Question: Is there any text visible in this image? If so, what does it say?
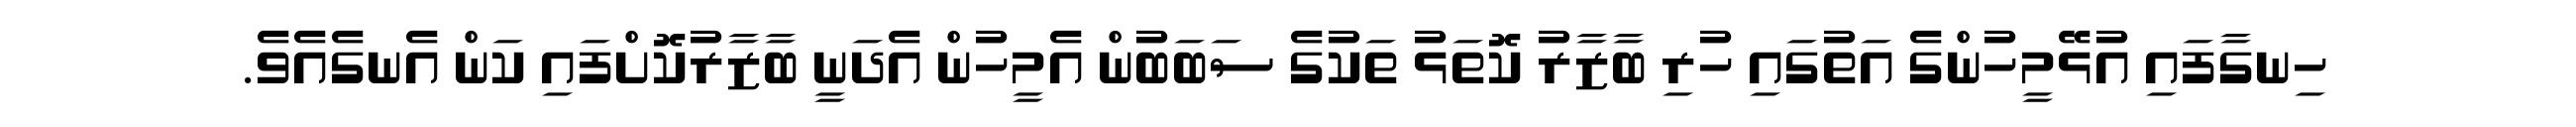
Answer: ހިނގާފައި އުޅޭމީހުންގެ އަތުގައި ހުރި ބާޒާރު ކޮތަޅު ތަކުގެ ސަބަބުން އެމީހުން އެދަނީ ބާޒާރުކޮށްފައި ކަން އެނގެއެވެ.